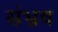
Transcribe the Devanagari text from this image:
संभ्रव